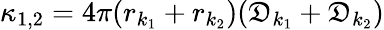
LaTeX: \kappa_{1,2}=4\pi(r_{k_{1}}+r_{k_{2}})(\mathfrak{D}_{k_{1}}+\mathfrak{D}_{k_{2}})